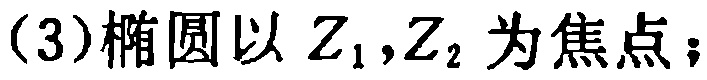
(3)椭圆以 \(Z_1,Z_2\) 为焦点；